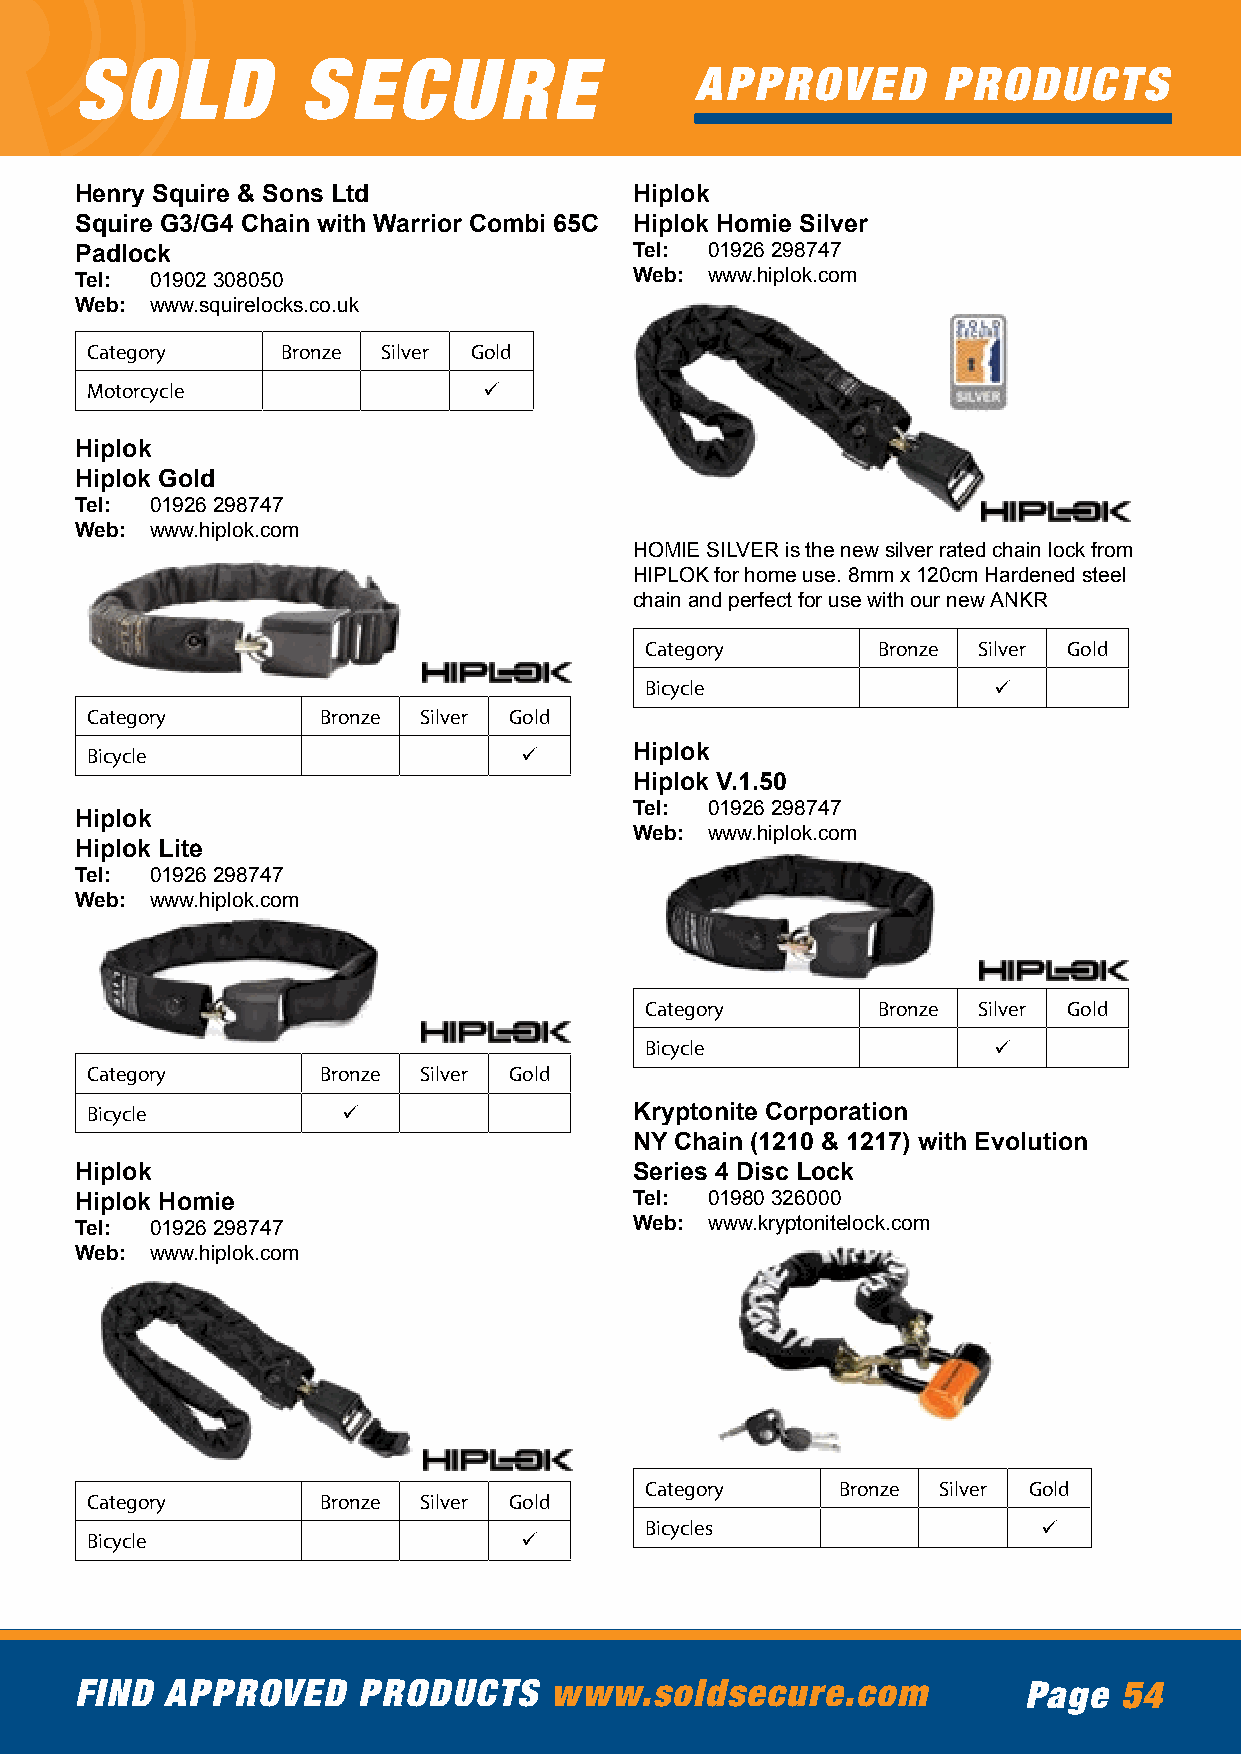
SOLD           SECURE
 APPROVED        PRODUCTS
 Henry Squire & Sons Ltd              Hiplok
 Squire G3/G4 Chain with Warrior Combi 65C Hiplok Homie Silver
 Padlock                              Tel: 01926 298747
 Tel: 01902 308050                    Web: www.hiplok.com
 Web: www.squirelocks.co.uk
 Category     Bronze Silver Gold
 Motorcycle                ü
 Hiplok
 Hiplok Gold
 Tel: 01926 298747
 Web: www.hiplok.com
 HOMIE SILVER is the new silver rated chain lock from
 HIPLOK for home use. 8mm x 120cm Hardened steel
 chain and perfect for use with our new ANKR
 Category       Bronze Silver Gold
 Bicycle                ü
 Category       Bronze Silver Gold
 Bicycle                      ü      Hiplok
 Hiplok V.1.50
 Tel: 01926 298747
 Hiplok
 Web: www.hiplok.com
 Hiplok Lite
 Tel: 01926 298747
 Web: www.hiplok.com
 Category       Bronze Silver Gold
 Bicycle                ü
 Category       Bronze Silver Gold
 Bicycle          ü                  Kryptonite Corporation
 NY Chain (1210 & 1217) with Evolution
 Hiplok                               Series 4 Disc Lock
 Hiplok Homie                         Tel: 01980 326000
 Tel: 01926 298747                    Web: www.kryptonitelock.com
 Web: www.hiplok.com
 Category     Bronze Silver Gold
 Category       Bronze Silver Gold
 Bicycles                  ü
 Bicycle                      ü
 FIND  APPROVED     PRODUCTS    www.soldsecure.com              Page  54